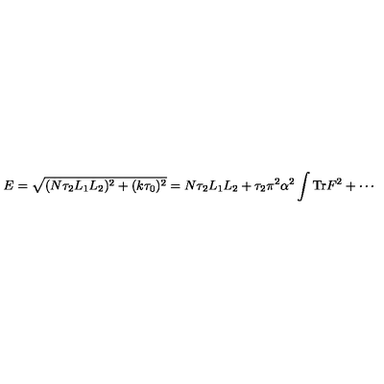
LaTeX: E = \sqrt { ( N \tau _ { 2 } L _ { 1 } L _ { 2 } ) ^ { 2 } + ( k \tau _ { 0 } ) ^ { 2 } } = N \tau _ { 2 } L _ { 1 } L _ { 2 } + \tau _ { 2 } \pi ^ { 2 } \alpha ^ { 2 } \int \mathrm { T r } F ^ { 2 } + \cdots